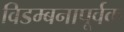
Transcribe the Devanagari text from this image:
विडम्बनापूर्वक